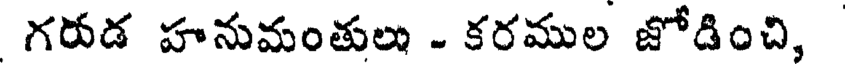
గరుడ హనుమంతులు - కరముల జోడించి,